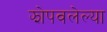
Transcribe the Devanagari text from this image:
झोपवलेल्या